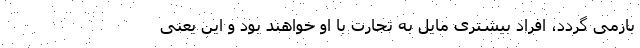
بازمی گردد، افراد بیشتری مایل به تجارت با او خواهند بود و این یعنی